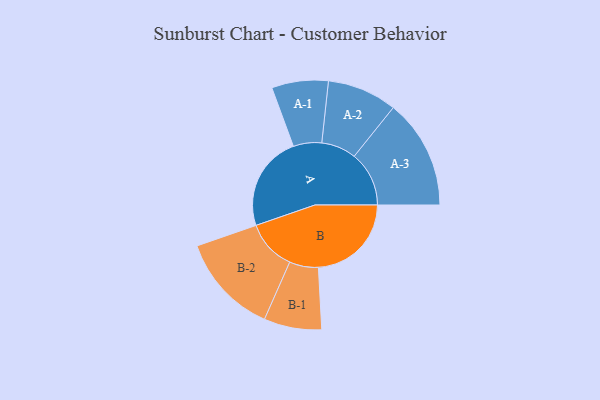
{"axis": {"x": "Segment", "y": "Value"}, "legend": ["", "A", "B"], "data": [{"x": "A", "y": 491, "type": ""}, {"x": "B", "y": 480, "type": ""}, {"x": "A-1", "y": 146, "type": "A"}, {"x": "A-2", "y": 180, "type": "A"}, {"x": "A-3", "y": 283, "type": "A"}, {"x": "B-1", "y": 149, "type": "B"}, {"x": "B-2", "y": 260, "type": "B"}]}